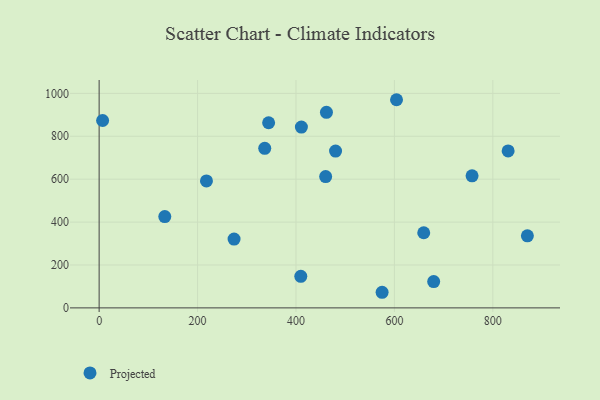
{"axis": {"x": "Price", "y": "Rating"}, "legend": ["Projected"], "data": [{"x": "218.1", "y": 592.0, "type": "Projected"}, {"x": "7.1", "y": 873.5, "type": "Projected"}, {"x": "344.4", "y": 863.0, "type": "Projected"}, {"x": "831.1", "y": 731.8, "type": "Projected"}, {"x": "870.2", "y": 336.0, "type": "Projected"}, {"x": "659.6", "y": 350.3, "type": "Projected"}, {"x": "460.3", "y": 612.3, "type": "Projected"}, {"x": "274.2", "y": 321.0, "type": "Projected"}, {"x": "604.3", "y": 970.4, "type": "Projected"}, {"x": "575.0", "y": 72.8, "type": "Projected"}, {"x": "133.4", "y": 425.7, "type": "Projected"}, {"x": "461.9", "y": 911.6, "type": "Projected"}, {"x": "679.8", "y": 122.9, "type": "Projected"}, {"x": "411.0", "y": 842.9, "type": "Projected"}, {"x": "480.4", "y": 730.8, "type": "Projected"}, {"x": "757.8", "y": 615.7, "type": "Projected"}, {"x": "409.8", "y": 147.3, "type": "Projected"}, {"x": "336.5", "y": 743.8, "type": "Projected"}]}